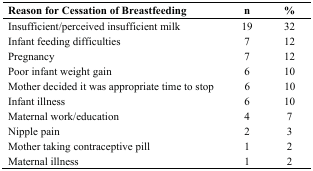
| Reason for Cessation of Breastfeeding | n | % |
 | --- | --- | --- |
 | Insufficient/perceived insufficient milk | 19 | 32 |
 | Infant feeding difficulties | 7 | 12 |
 | Pregnancy | 7 | 12 |
 | Poor infant weight gain | 6 | 10 |
 | Mother decided it was appropriate time to stop | 6 | 10 |
 | Infant illness | 6 | 10 |
 | Maternal work/education | 4 | 7 |
 | Nipple pain | 2 | 3 |
 | Mother taking contraceptive pill | 1 | 2 |
 | Maternal illness | 1 | 2 |